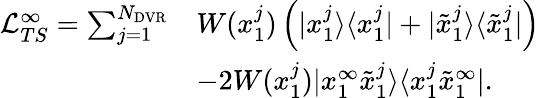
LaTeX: \begin{array}{rl}{\mathcal{L}_{TS}^{\infty}=\sum_{j=1}^{N_{\mathrm{DVR}}}}&{W(x_{1}^{j})\left(|x_{1}^{j}\rangle\langle x_{1}^{j}|+|\tilde{x}_{1}^{j}\rangle\langle\tilde{x}_{1}^{j}|\right)}\\ &{-2W(x_{1}^{j})|x_{1}^{\infty}\tilde{x}_{1}^{j}\rangle\langle x_{1}^{j}\tilde{x}_{1}^{\infty}|.}\end{array}